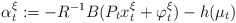
\begin{align*}\alpha^\xi_t:=-R^{-1}B(P_tx^\xi_t+\varphi_t^\xi)-h(\mu_t)\end{align*}